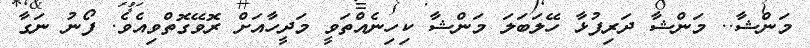
މަންޝާ.. މަންޝާ ދަރިފުޅާ ހޭލަބަލަ މަންޝާ ކިހިނެއްތަވީ މަދީހާއަށް ރޮވޭގޮތްވިއެވެ. ފޯނު ނަގާ